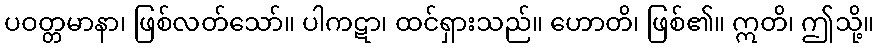
ပဝတ္တမာနာ၊ ဖြစ်လတ်သော်။ ပါကဋာ၊ ထင်ရှားသည်။ ဟောတိ၊ ဖြစ်၏။ ဣတိ၊ ဤသို့။